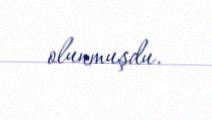
olunmuşdu.